Newspaper: The Portland daily press. [volume]
Place of publication: Portland, Me.
Publisher: N.A. Foster & Co.
Date: 1875-07-09 00:00:00
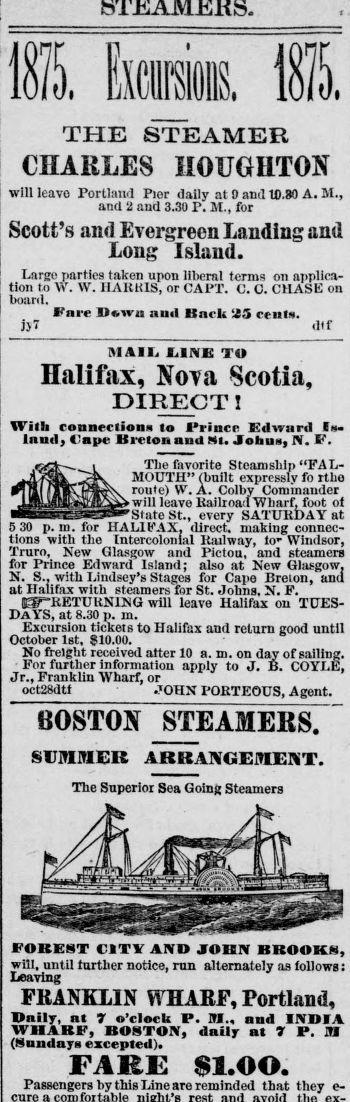
Advertisement text (OCR):
THE STEAMER CHARLES HOUGHTON will leavo Portland Pier daily at 9 and 19.80 A. M., and 2 and 3.30 P. M., for Scott’s and Evergreen Landing and Long Island. Largo parties taken upon liberal terms on applica tion to W. VV. HAKiUS, or CAPT. O. C. CHASE on board. Fare Down anil Bark 25 rents. Jjf dlf MAIL LINE TO Halifax, Nova Scotia, DIRECT! With ronnectionn lo I*rincc Edward In in ml , iape Breton and Mt. Jobua, N. F. Tlie favorite Steamship “FAL MOUTH” (built expressly fo rtho route) VV. A. Colby Commauder will leave Railroad Wharf, foot ot State St., every SATURDAY at 5 30 p. m. for HALIFAX, direct, making connec tions with the Intercolonial Railway, to*- Windsor, Truro, New Glasgow and Pictou, and steamers for Prince Edward Island; also at New Glasgow. N. S.. with Lindsey’s Stages for Cape Breton, anu at Halifax with steamers for St. Johns, N. F. (^"“RETURNING will leave Halifax on TUES DAYS, at 8.30 p. in. Excursion tickets to Halifax and return good until October 1st, $10.00. No freight received alter 10 a. m. on day of sailing. For further information apply to J. B. COYLE, Jr., Franklin Wharf, or oct28dtt JOHN POKTEOUS, A gent. BOSTON STEAMERS. SUMMER ARRANGEMENT. The Superior Sea Going Steamers FOREST CITY AND JOHN HKOOKN, will, until further notice, run alternately as follows: Leaving FRANKLIN WHARF, Portland, Unity, «« 7 o’clock P. M„ and INDIA WHARF, BOSTON, daily at 7 P. M (Sundays excepted). FARE $1.00. Passengers by this Line are reminded that they e
Label: illustrations